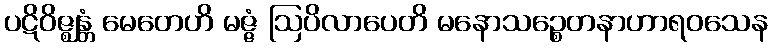
ပဋိဝိဇ္ဈန္တံ မေတေဟိ မဇ္ဇံ ဩပိလာပေတိ မနောသဉ္စေတနာဟာရဝသေန